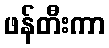
ဖန်တီးကာ